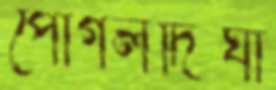
পোগলদিঘা